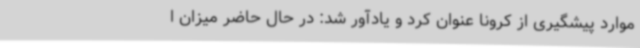
موارد پیشگیری از کرونا عنوان کرد و یادآور شد: در حال حاضر میزان ا